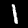
Label: 1